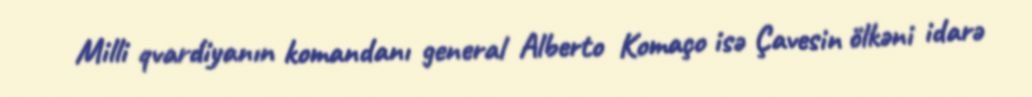
Milli qvardiyanın komandanı general Alberto Komaço isə Çavesin ölkəni idarə